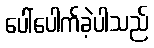
ပေါ်ပေါက်ခဲ့ပါသည်